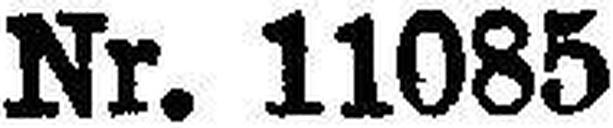
Nr. 11085